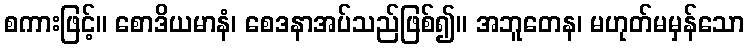
စကားဖြင့်။ စောဒိယမာနံ၊ စေဒနာအပ်သည်ဖြစ်၍။ အဘူတေန၊ မဟုတ်မမှန်သော